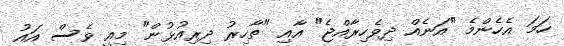
ހަމަ އެހެންމެ "އަނެއް ދިވެހިރާއްޖެ" އާއި "ތާހިރު ދިރިއުޅުން" މިއީ ވެސް އައު